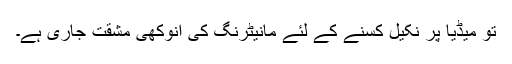
تو میڈیا پر نکیل کسنے کے لئے مانیٹرنگ کی انوکھی مشقت جاری ہے۔